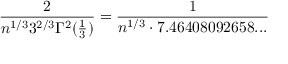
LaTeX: { \frac { 2 } { n ^ { 1 / 3 } 3 ^ { 2 / 3 } \Gamma ^ { 2 } ( { \frac { 1 } { 3 } } ) } } = { \frac { 1 } { n ^ { 1 / 3 } \cdot 7 . 4 6 4 0 8 0 9 2 6 5 8 . . . } }